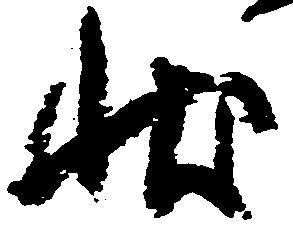
状